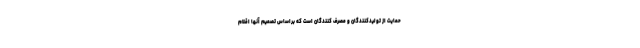
حمایت از تولیدکنندگان و مصرف کنندگان است که براساس تصمیم آنها اقلام